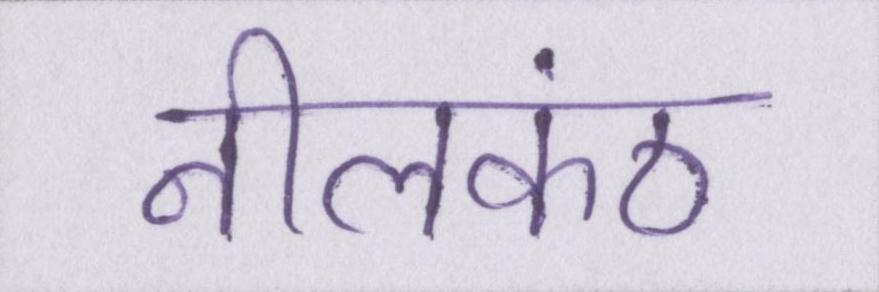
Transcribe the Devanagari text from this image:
नीलकंठ